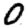
Digit: 0